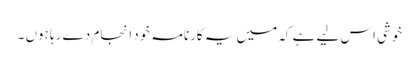
خوشی اس لیے ہے کہ میں یہ کارنامہ خود انجام دے رہا ہوں ۔